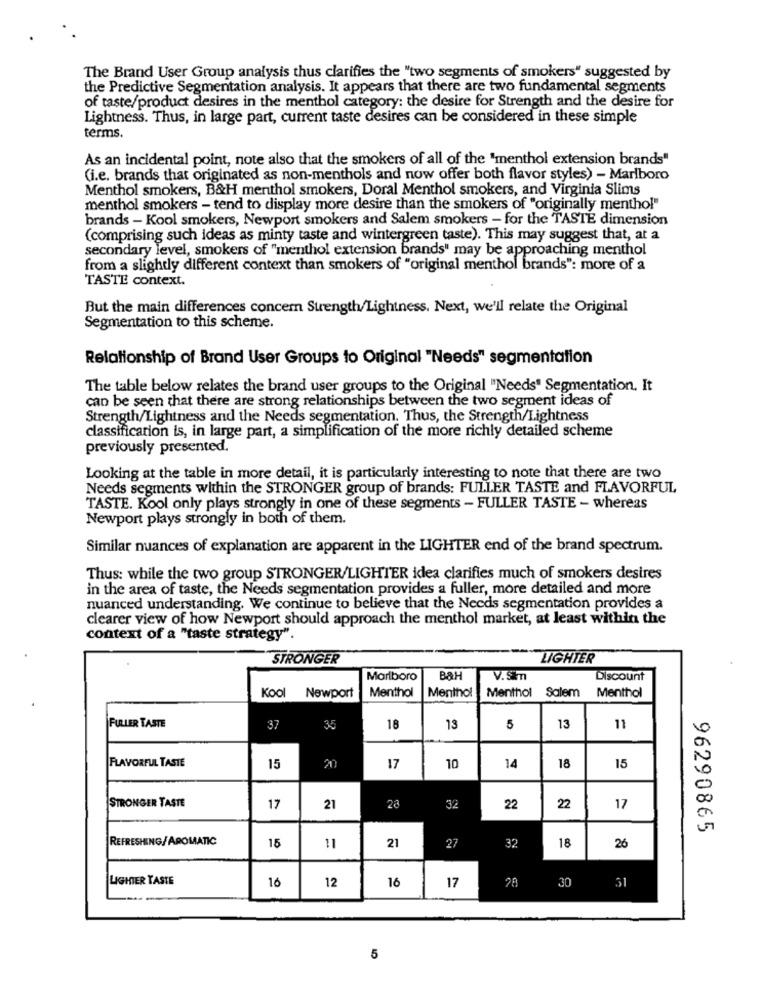
The Brand User Group analysis thus clarifies the "two segments of smokers" suggested by
the Predictive Segmentation analysis. It appears that there are two fundamental segments
of taste/product desires in the menthol category: the desire for Strength and the desire for
Lightness. Thus, in large part, current taste desires can be considered in these simple
terms.
As an incidental point, note also that the smokers of all of the "menthol extension brands"
(i.e. brands that originated as non-menthols and now offer both flavor styles) - Marlboro
Menthol smokers, B&H menthol smokers, Doral Menthol smokers, and Virginia Slims
menthol smokers - tend to display more desire than the smokers of "originally menthol"
brands - Kool smokers, Newport smokers and Salem smokers - for the TASTE dimension
(comprising such ideas as minty taste and wintergreen taste). This may suggest that, at a
secondary level, smokers of "menthol extension brands" may be approaching menthol
from a slightly different context than smokers of "original menthol brands": more of a
TASTE context.
But the main differences concern Strength/Lightness. Next, we'll relate the Original
Segmentation to this scheme.
Relationship of Brand User Groups to Original "Needs" segmentation
The table below relates the brand user groups to the Original "Needs" Segmentation. It
can be seen that there are strong relationships between the two segment ideas of
Strength/Lightness and the Needs segmentation. Thus, the Strength/Lightness
classification is, in large part, a simplification of the more richly detailed scheme
previously presented.
Looking at the table in more detail, it is particularly interesting to note that there are two
Needs segments within the STRONGER group of brands: FULLER TASTE and FLAVORFUL
TASTE. Kool only plays strongly in one of these segments - FULLER TASTE - whereas
Newport plays strongly in both of them.
Similar nuances of explanation are apparent in the LIGHTER end of the brand spectrum.
Thus: while the two group STRONGER/LIGHTER idea clarifies much of smokers desires
in the area of taste, the Needs segmentation provides a fuller, more detailed and more
nuanced understanding. We continue to believe that the Needs segmentation provides a
clearer view of how Newport should approach the menthol market, at least within the
context of a "taste strategy".
STRONGER
LIGHTER
Marlboro
B&H
V.Sim
Discount
Kool
Menthol
Newport
Menthol
Menthol
Salem
Menthol
FULLER TASTE
37
35
18
13
5
13
11
FLAVORFUL TASTE
15
17
10
14
18
15
STRONGER TASTE
17
21
28
32
22
22
17
96290865
REFRESHING/AROMATIC
15
32
11
21
27
18
26
LIGHTER TASTE
16
12
16
17
51
30
5